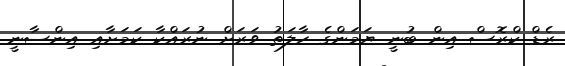
ރެޑް ކްރޮސް އިން ބުނީ ޔަމަންގެ ހާލަތު ވަރަށް ނުރައްކާ ކަމަށާއި އިންސާނީ